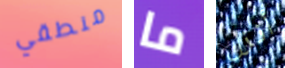
منطقي ما أنزل